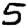
Digit: 5